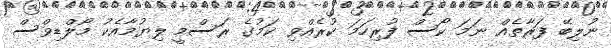
ނުލިބޭ ފަރާތެއް ނަމަ ކޯސް ފުރިހަމަ ކުރެއްވި ކަމުގެ ރަސްމީ ލިޔުމާއެކު މޯލްޑިވްސް